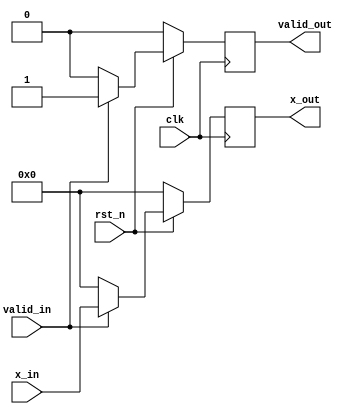
`timescale 1ns / 1ps
//////////////////////////////////////////////////////////////////////////////////
// Company: 
// Engineer: 
// 
// Design Name: 
// Module Name: stage_31
// Project Name: 
// Target Devices: 
// Tool Versions: 
// Description: 
// 
// Dependencies: 
// 
// Revision:
// Revision 0.01 - File Created
// Additional Comments:
// 
//////////////////////////////////////////////////////////////////////////////////

/*
Authour: Yang Zhijie, National University of Defense Technology, P.R.China.

This is the pipeline state 1 of the pipeline 4 of our architecture.

Use this please cite: 

[1] Yang. Zhijie, Wang. Lei, et al., "Bactran: A Hardware Batch Normalization Implementation for CNN Training Engine," in IEEE Embedded Systems Letters, vol. 13, no. 1, pp. 29-32, March 2021.

This code follows the MIT License

Copyright (c) 2021 Yang Zhijie and Wang Lei of National University of Defense Technology, P.R.China

Permission is hereby granted, free of charge, to any person obtaining a copy
of this software and associated documentation files (the "Software"), to deal
in the Software without restriction, including without limitation the rights
to use, copy, modify, merge, publish, distribute, sublicense, and/or sell
copies of the Software, and to permit persons to whom the Software is
furnished to do so, subject to the following conditions:

The above copyright notice and this permission notice shall be included in all
copies or substantial portions of the Software.

THE SOFTWARE IS PROVIDED "AS IS", WITHOUT WARRANTY OF ANY KIND, EXPRESS OR
IMPLIED, INCLUDING BUT NOT LIMITED TO THE WARRANTIES OF MERCHANTABILITY,
FITNESS FOR A PARTICULAR PURPOSE AND NONINFRINGEMENT. IN NO EVENT SHALL THE
AUTHORS OR COPYRIGHT HOLDERS BE LIABLE FOR ANY CLAIM, DAMAGES OR OTHER
LIABILITY, WHETHER IN AN ACTION OF CONTRACT, TORT OR OTHERWISE, ARISING FROM,
OUT OF OR IN CONNECTION WITH THE SOFTWARE OR THE USE OR OTHER DEALINGS IN THE
SOFTWARE.
*/

module stage_31(
rst_n,
clk,
valid_in,
x_in,
x_out,
valid_out
    );
    parameter DATA_WIDTH = 16;
    parameter MINI_BATCH = 64;
    parameter ADDR_WIDTH = $clog2(MINI_BATCH);
    
    input clk;
    input rst_n;    
    
    input [DATA_WIDTH-1:0] x_in;
    input valid_in;
 
    output [DATA_WIDTH-1:0] x_out;
    output valid_out;
    
    reg valid;
    reg [DATA_WIDTH-1:0] x;
    assign valid_out = valid;
    assign x_out = x;
    always@(posedge clk)
    begin
        if(!rst_n)
        begin
            valid <= 1'b0;
            x <= {DATA_WIDTH{1'b0}};
        end
        else 
        begin
             
            if(valid_in)
            begin
                x <= x_in;
                valid <= valid_in;
            end
            else
            begin
                x <= {DATA_WIDTH{1'b0}};
                valid <= 1'b0; 
            end
         end
    end   
endmodule